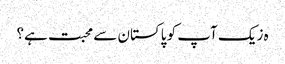
ہ زیک آپ کو پاکستان سے محبت ہے؟